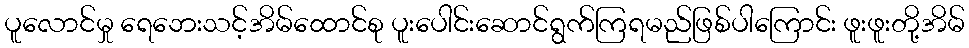
ပူလောင်မှု ရေဘေးသင့်အိမ်ထောင်စု ပူးပေါင်းဆောင်ရွက်ကြရမည်ဖြစ်ပါကြောင်း ဖူးဖူးတို့အိမ်